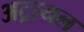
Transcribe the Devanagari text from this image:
अट्रायल